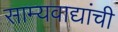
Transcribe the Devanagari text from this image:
साम्यवाद्यांची